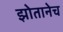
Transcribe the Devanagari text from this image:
झोतानेच